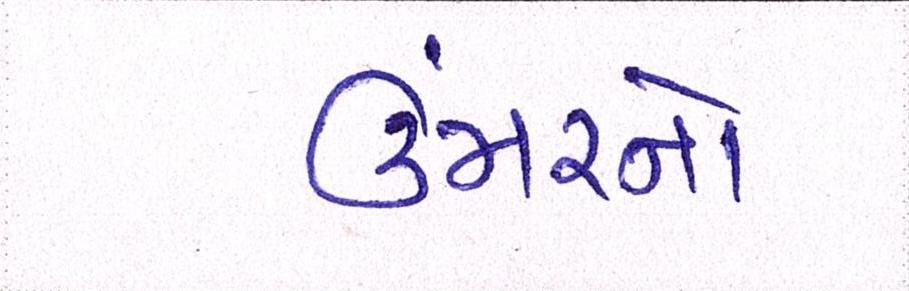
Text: ઉંમરનો